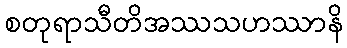
စတုရာသီတိအဿသဟဿာနိ